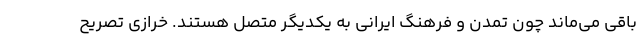
باقی می‌ماند چون تمدن و فرهنگ ایرانی به یکدیگر متصل هستند. خرازی تصریح